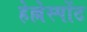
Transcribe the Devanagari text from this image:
हेल्लेस्पोंट